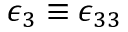
\epsilon _ { 3 } \equiv \epsilon _ { 3 3 }